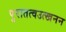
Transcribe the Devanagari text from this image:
पुरातत्वउत्खनन